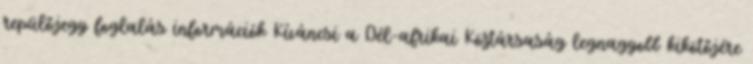
repülőjegy foglalás információk Kíváncsi a Dél-afrikai Köztársaság legnagyobb kikötőjére